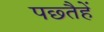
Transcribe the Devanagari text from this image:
पछ्तैहें